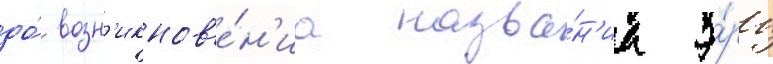
до́ возн'икнов'е́н'иа назва́н'иа э́ры